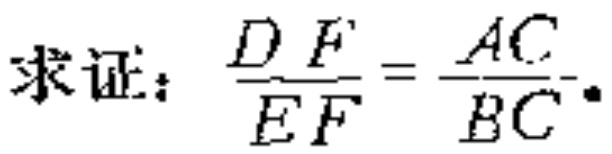
求证：\(\frac{DF}{EF}=\frac{AC}{BC}\)